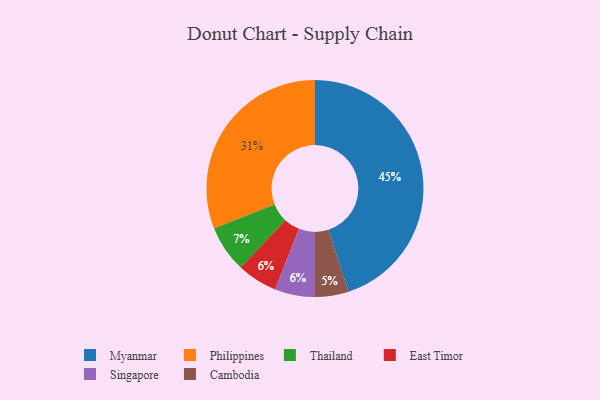
{"axis": {"x": "Category", "y": "Percentage"}, "legend": ["Cambodia", "East Timor", "Myanmar", "Philippines", "Singapore", "Thailand"], "data": [{"x": "Cambodia", "y": 5, "type": "Cambodia"}, {"x": "Myanmar", "y": 45, "type": "Myanmar"}, {"x": "Thailand", "y": 7, "type": "Thailand"}, {"x": "East Timor", "y": 6, "type": "East Timor"}, {"x": "Singapore", "y": 6, "type": "Singapore"}, {"x": "Philippines", "y": 31, "type": "Philippines"}]}